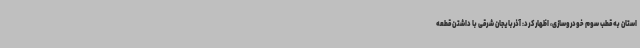
استان به قطب سوم خودروسازی، اظهار کرد: آذربایجان شرقی با داشتن قطعه